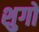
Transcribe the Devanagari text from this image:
शुगों